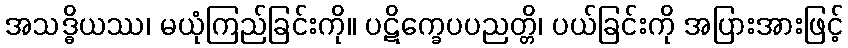
အသဒ္ဓိယဿ၊ မယုံကြည်ခြင်းကို။ ပဋိက္ခေပပညတ္တိ၊ ပယ်ခြင်းကို အပြားအားဖြင့်